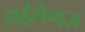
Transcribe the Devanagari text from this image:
हाईलैन्ड्ज़